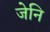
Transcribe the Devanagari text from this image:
जेनि